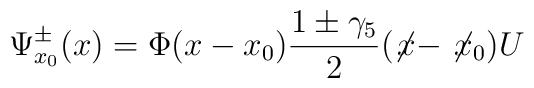
\Psi ^{\pm}_{x_0}(x)=  \Phi (x-x_0)\frac{1\pm\gamma _5}{2} (\not\! x -\not\! x_0) U